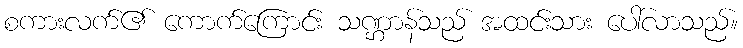
စကားလက်၏ ကောက်ကြောင်း သဏ္ဌာန်သည် အထင်းသား ပေါ်လာသည်။